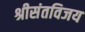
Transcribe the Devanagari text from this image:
श्रीसंतविजय